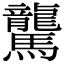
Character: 驡